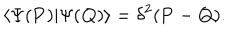
\langle \Psi ( { \bf P } ) | \Psi ( { \bf Q } ) \rangle = \delta ^ { 2 } ( { \bf P } - { \bf Q } ) .